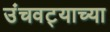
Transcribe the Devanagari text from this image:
उंचवट्याच्या